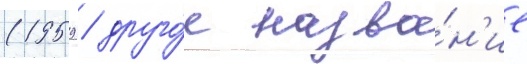
(1959 / друго́е назва́н'ие